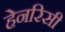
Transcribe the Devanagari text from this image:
हेनरिसी